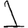
Digit: 1